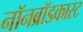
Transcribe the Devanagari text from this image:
नॉनब्रॉडकास्ट